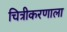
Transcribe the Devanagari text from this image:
चित्रीकरणाला